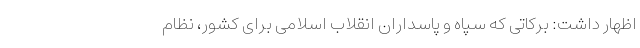
اظهار داشت: برکاتی که سپاه و پاسداران انقلاب اسلامی برای کشور، نظام